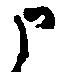
申